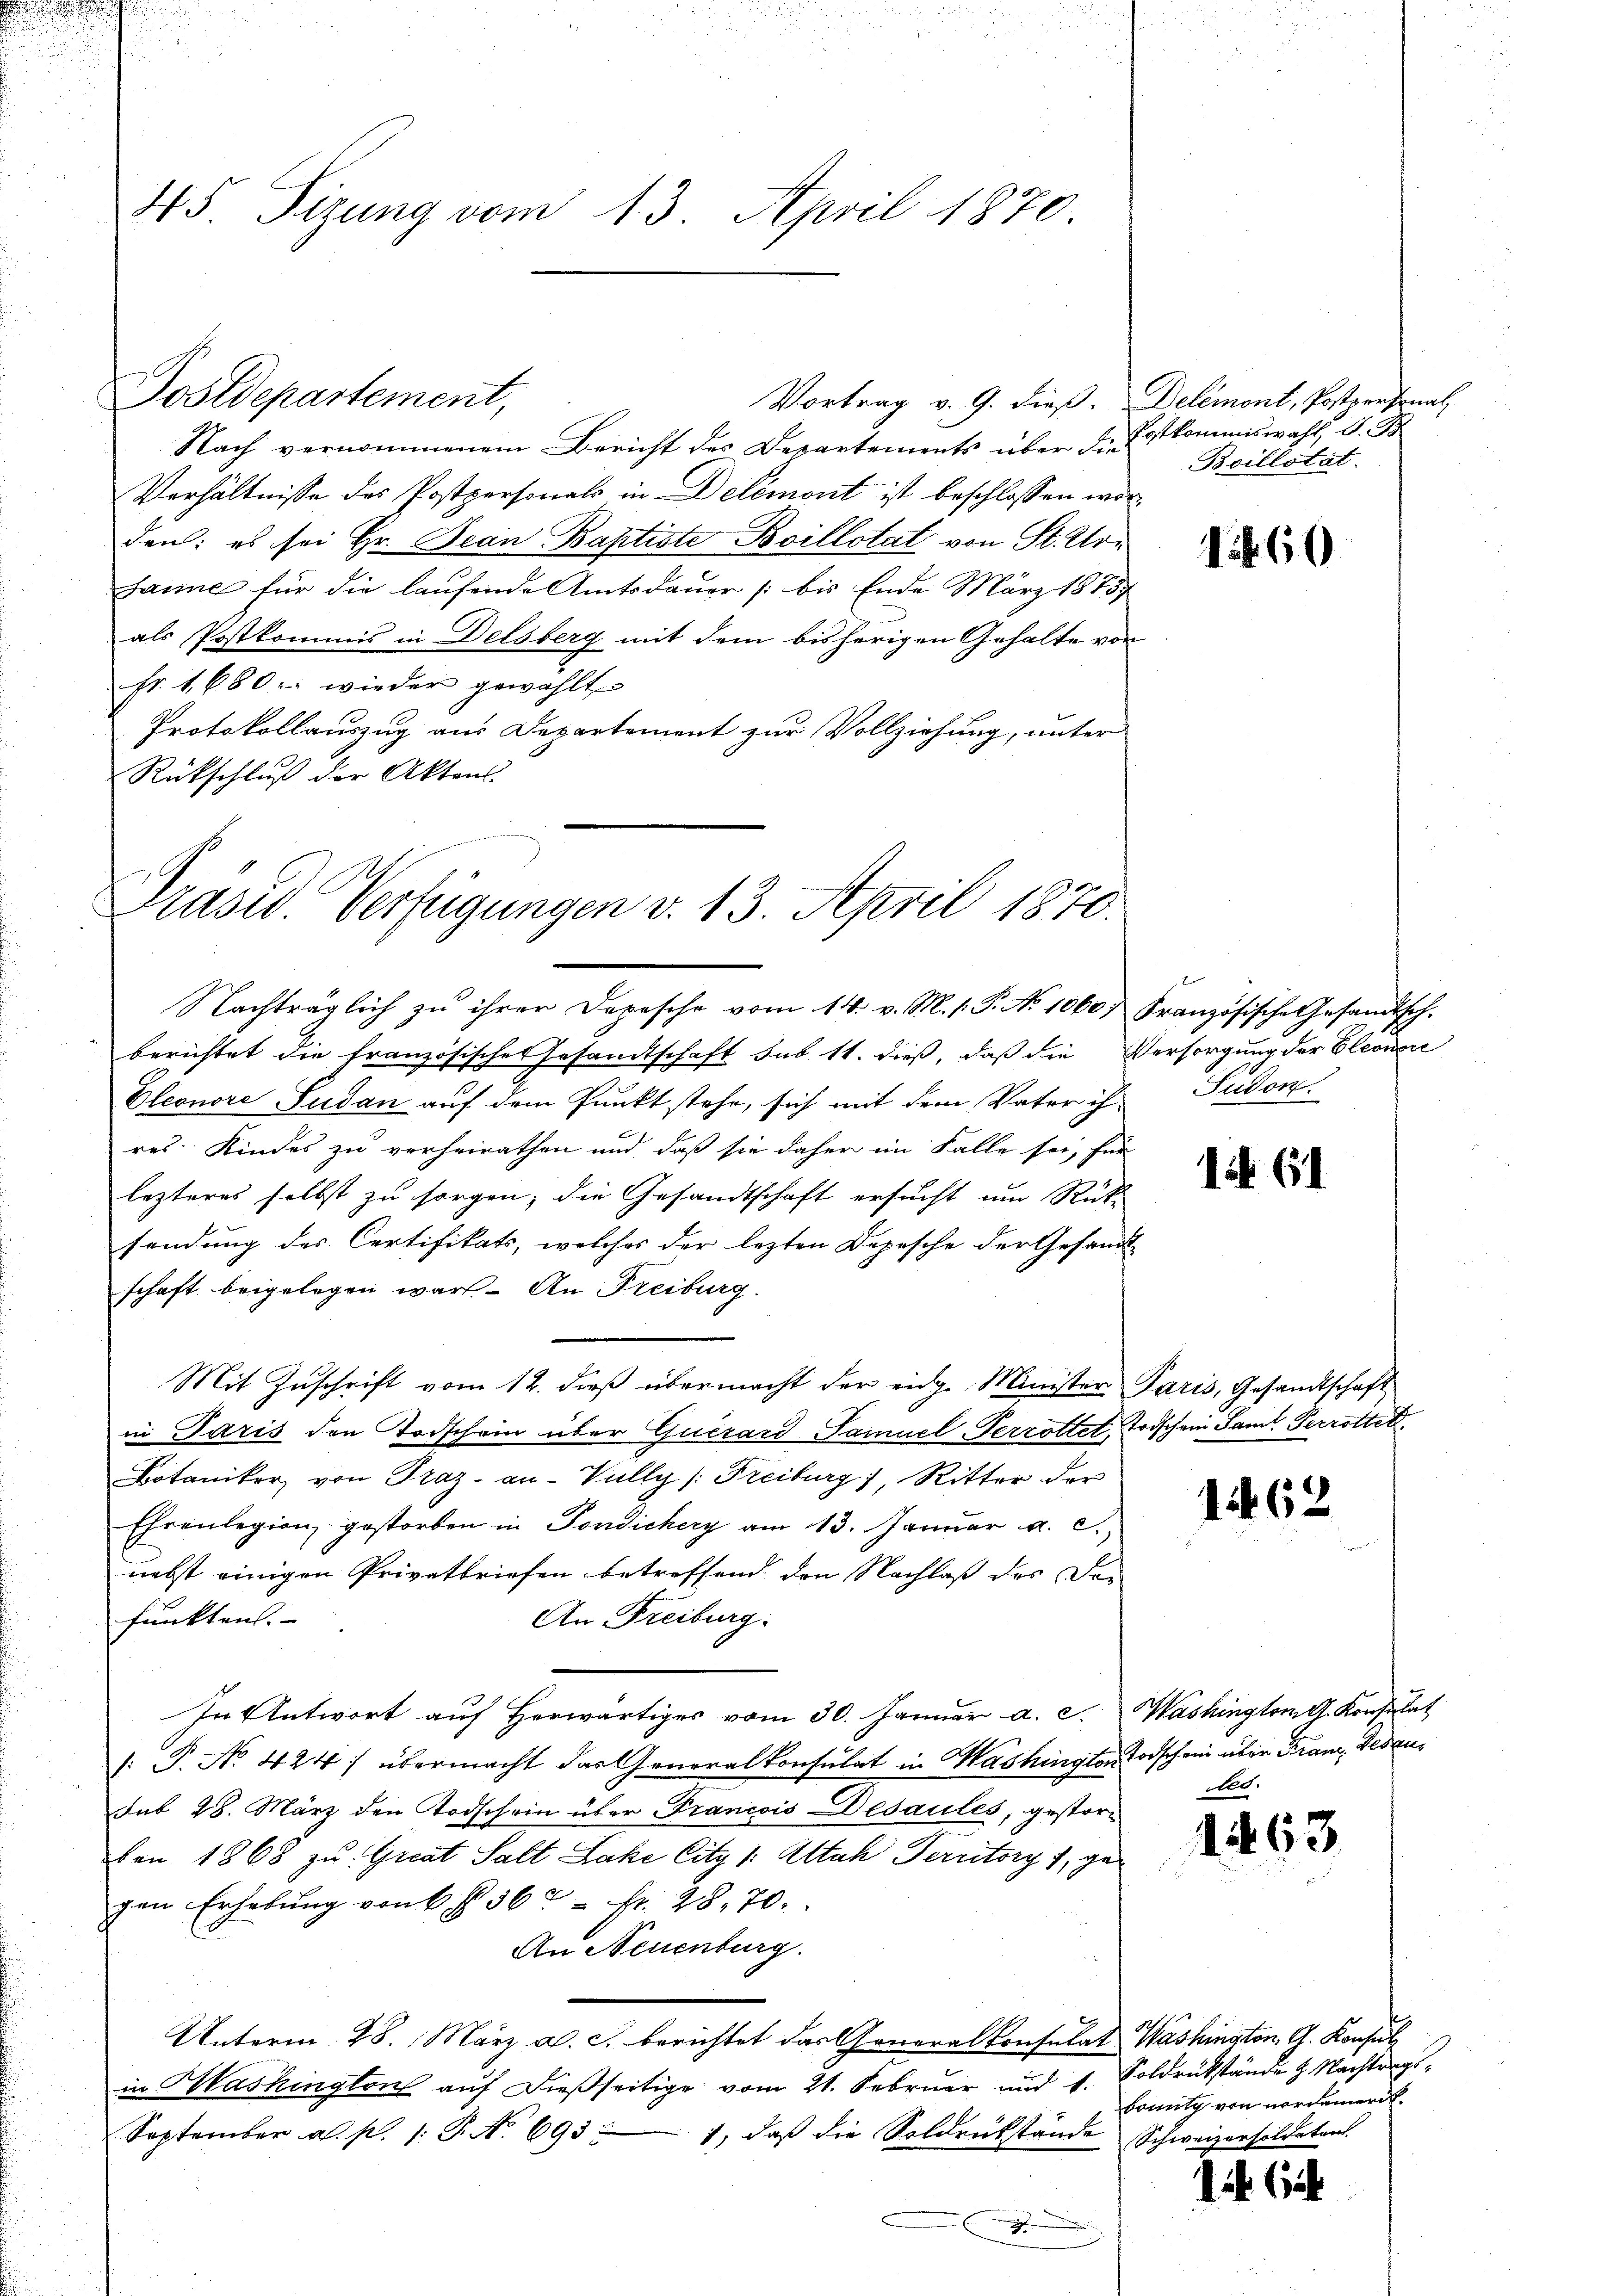
45 Sizung vom 13. April 1870.

Vortrag v. 9. dieß. Delémont, Postpersonal
Nach vernommenem Bericht des Departements über die
Verhältnisse des Postpersonals in Delémont ist beschlossen worden: es sei Hr. Jean Baptiste Boillotati von St. Urharine für die laufende Amtsdauer /: bis Ende März 1875
als Postkommis in Delsberg mit dem bisherigen Gehalte von
fr. 1680. wieder gewählt
Protokollauszug aus Departement zur Vollziehung, unter
Rückschluß der Aktens.
Nachträglich zu ihrer Depesche vom 14. v. M. 1. P. No 1060. Französische Gesandtsch.
berichtet die französisches Gesandtschaft sub 11. dieß, daß die Versorgung der Eleonori
Eleonore Sudan auf dem Punkt stehe, sich mit dem Vater ihr Sudon.
res Kindes zu verheirathen und daß sie daher im Falle sei, für
lezteres selbst zu sorgen, die Gesandtschaft ersucht um Rück-
sendung des Certifikats, welches der lezten Depesche der Gesandt
schaft beigelegen war. An Freiburg.
Mit Zuschrift vom 12. dieß übermacht der eidg. Minister Paris, Gesandtschaft
in Paris den Todschein über Guerard Samuel Terrottet, Todschein Samt Terrottet
Botaniker von Traz- an- Vully (Freiburg, Ritter der
Ehrenlegion, gestorben in Tondichery am 13. Januar a. c.,
nebst einigen Privatbriefen betreffend den Nachlaß des Dar
funkten.
An Freiburg.
In Antwort auf Herwärtiges vom 30. Januar a. c.
[: P. No 424) übermacht das Generalkonsulat in Washington Todschein über Franz, Wesensub 28. März den Todschein über Francois Desaules, gestorben 1868 zu Great Salt Lake Citz /: Attah Territory 1, gegen Erhebŭng von 6 § 562 fr. 28. 70.
An Neuenburg.
.
Unterm 28. März a. c. berichtet das Generalkonsulat Washington, G. Konsulin Washington auf dießseitige vom 21. Februar und 4. Soldrückstände Nachtrag¬
September a. p. /: P. No. 693.
1, daß die Soldrückstände Schweizersoldetent.
F

Postdepartement,

Präsid. Verfügungen v. 13. April 1870.

Postkommiswahl, d. Ge
Boillstät

160

1 61

162

Washington G. Konsulat
tes.

1463

bonnig von nordamerit.